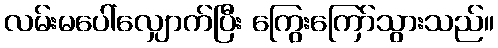
လမ်းမပေါ်လျှောက်ပြီး ကြွေးကြော်သွားသည်။